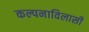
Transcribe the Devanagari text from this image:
कल्पनाविलासी